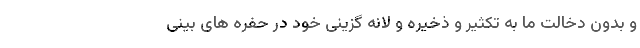
و بدون دخالت ما به تکثیر و ذخیره و لانه گزینی خود در حفره های بینی